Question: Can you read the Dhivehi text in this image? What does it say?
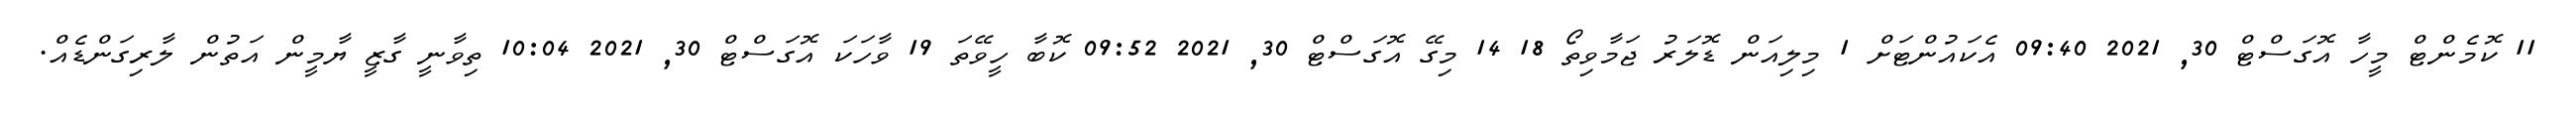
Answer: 11 ކޮމެންޓް މީހާ އޮގަސްޓް 30, 2021 09:40 އެކައުންޓަށް 1 މިލިއަން ޑޮލަރު ޖަމާވިތޯ 18 14 މިގޭ އޮގަސްޓް 30, 2021 09:52 ކޮބާ ހީވޭތަ 19 ވާހަކަ އޮގަސްޓް 30, 2021 10:04 ތިވާނީ ގާޒީ ޔާމީން އަތުން ލާރިގަންޑެއް.